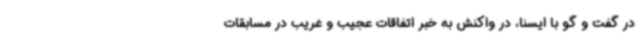
در گفت و گو با ایسنا، در واکنش به خبر اتفاقات عجیب و غریب در مسابقات